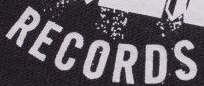
RECORDS